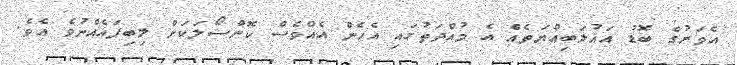
އެވަރުގެ ބޮޑު އަޣުލަބިއްޔަތެއް އެ މުއްދަތުގައި އެހެން އެއްވެސް ކޮންސޯލަކަށް ލިބިފައެއްނުވެ އެވެ.